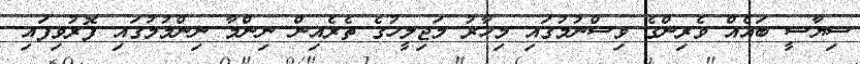
ސިޔާސީ ބައެއް ވެރިންގެ ވިސްނުމުގައި މިހާރު މަޖިލީހުގެ ތެރެއިން ނިންމާ ނިންމުމުގައި ފޮރުވިފައި